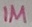
Text: 1M